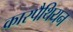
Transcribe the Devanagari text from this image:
कारपैथियन